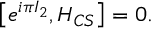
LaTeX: \left[ e ^ { i \pi I _ { 2 } } , H _ { C S } \right] = 0 .